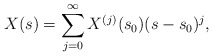
\begin{align*}X(s)=\sum\limits_{j=0}^{\infty} X^{(j)}(s_{0})(s-s_{0})^{j},\end{align*}